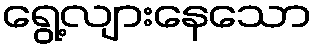
ရွေ့လျားနေသော